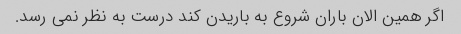
اگر همین الان باران شروع به باریدن کند درست به نظر نمی رسد.